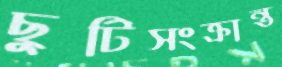
ছুটিসংক্রান্ত